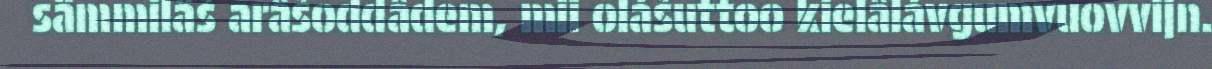
sämmilâš arâšoddâdem, mii olášuttoo kielâlávgumvuovvijn.